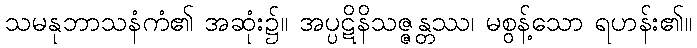
သမနုဘာသနံကံ၏ အဆုံး၌။ အပ္ပဋိနိသဇ္ဇန္တဿ၊ မစွန့်သော ရဟန်း၏။